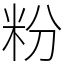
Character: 粉